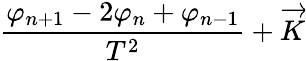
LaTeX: \frac{\varphi_{n+1}-2\varphi_{n}+\varphi_{n-1}}{T^{2}}+\overrightarrow{K}